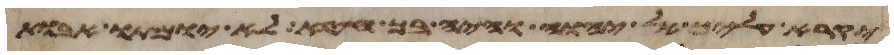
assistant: יקרא עליך אל יהוה והיה בך חטא לא יומתו אבות